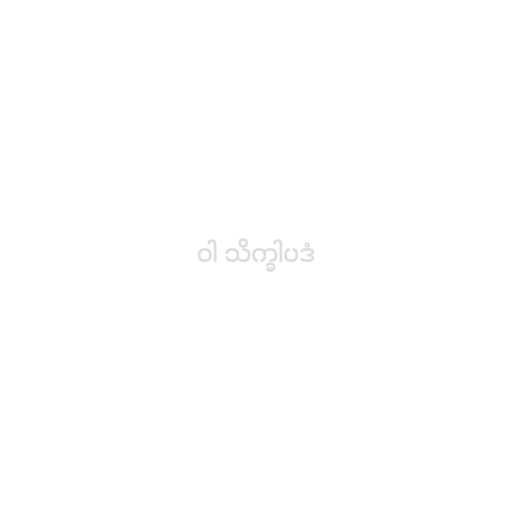
ဝါ သိက္ခါပဒံ